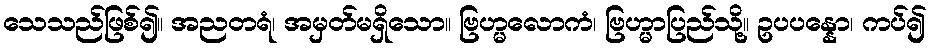
သေသည်ဖြစ်၍။ အညတရံ၊ အမှတ်မရှိသော။ ဗြဟ္မလောကံ၊ ဗြဟ္မာပြည်သို့။ ဥပပန္နော၊ ကပ်၍